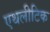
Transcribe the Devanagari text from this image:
एथलीटिक